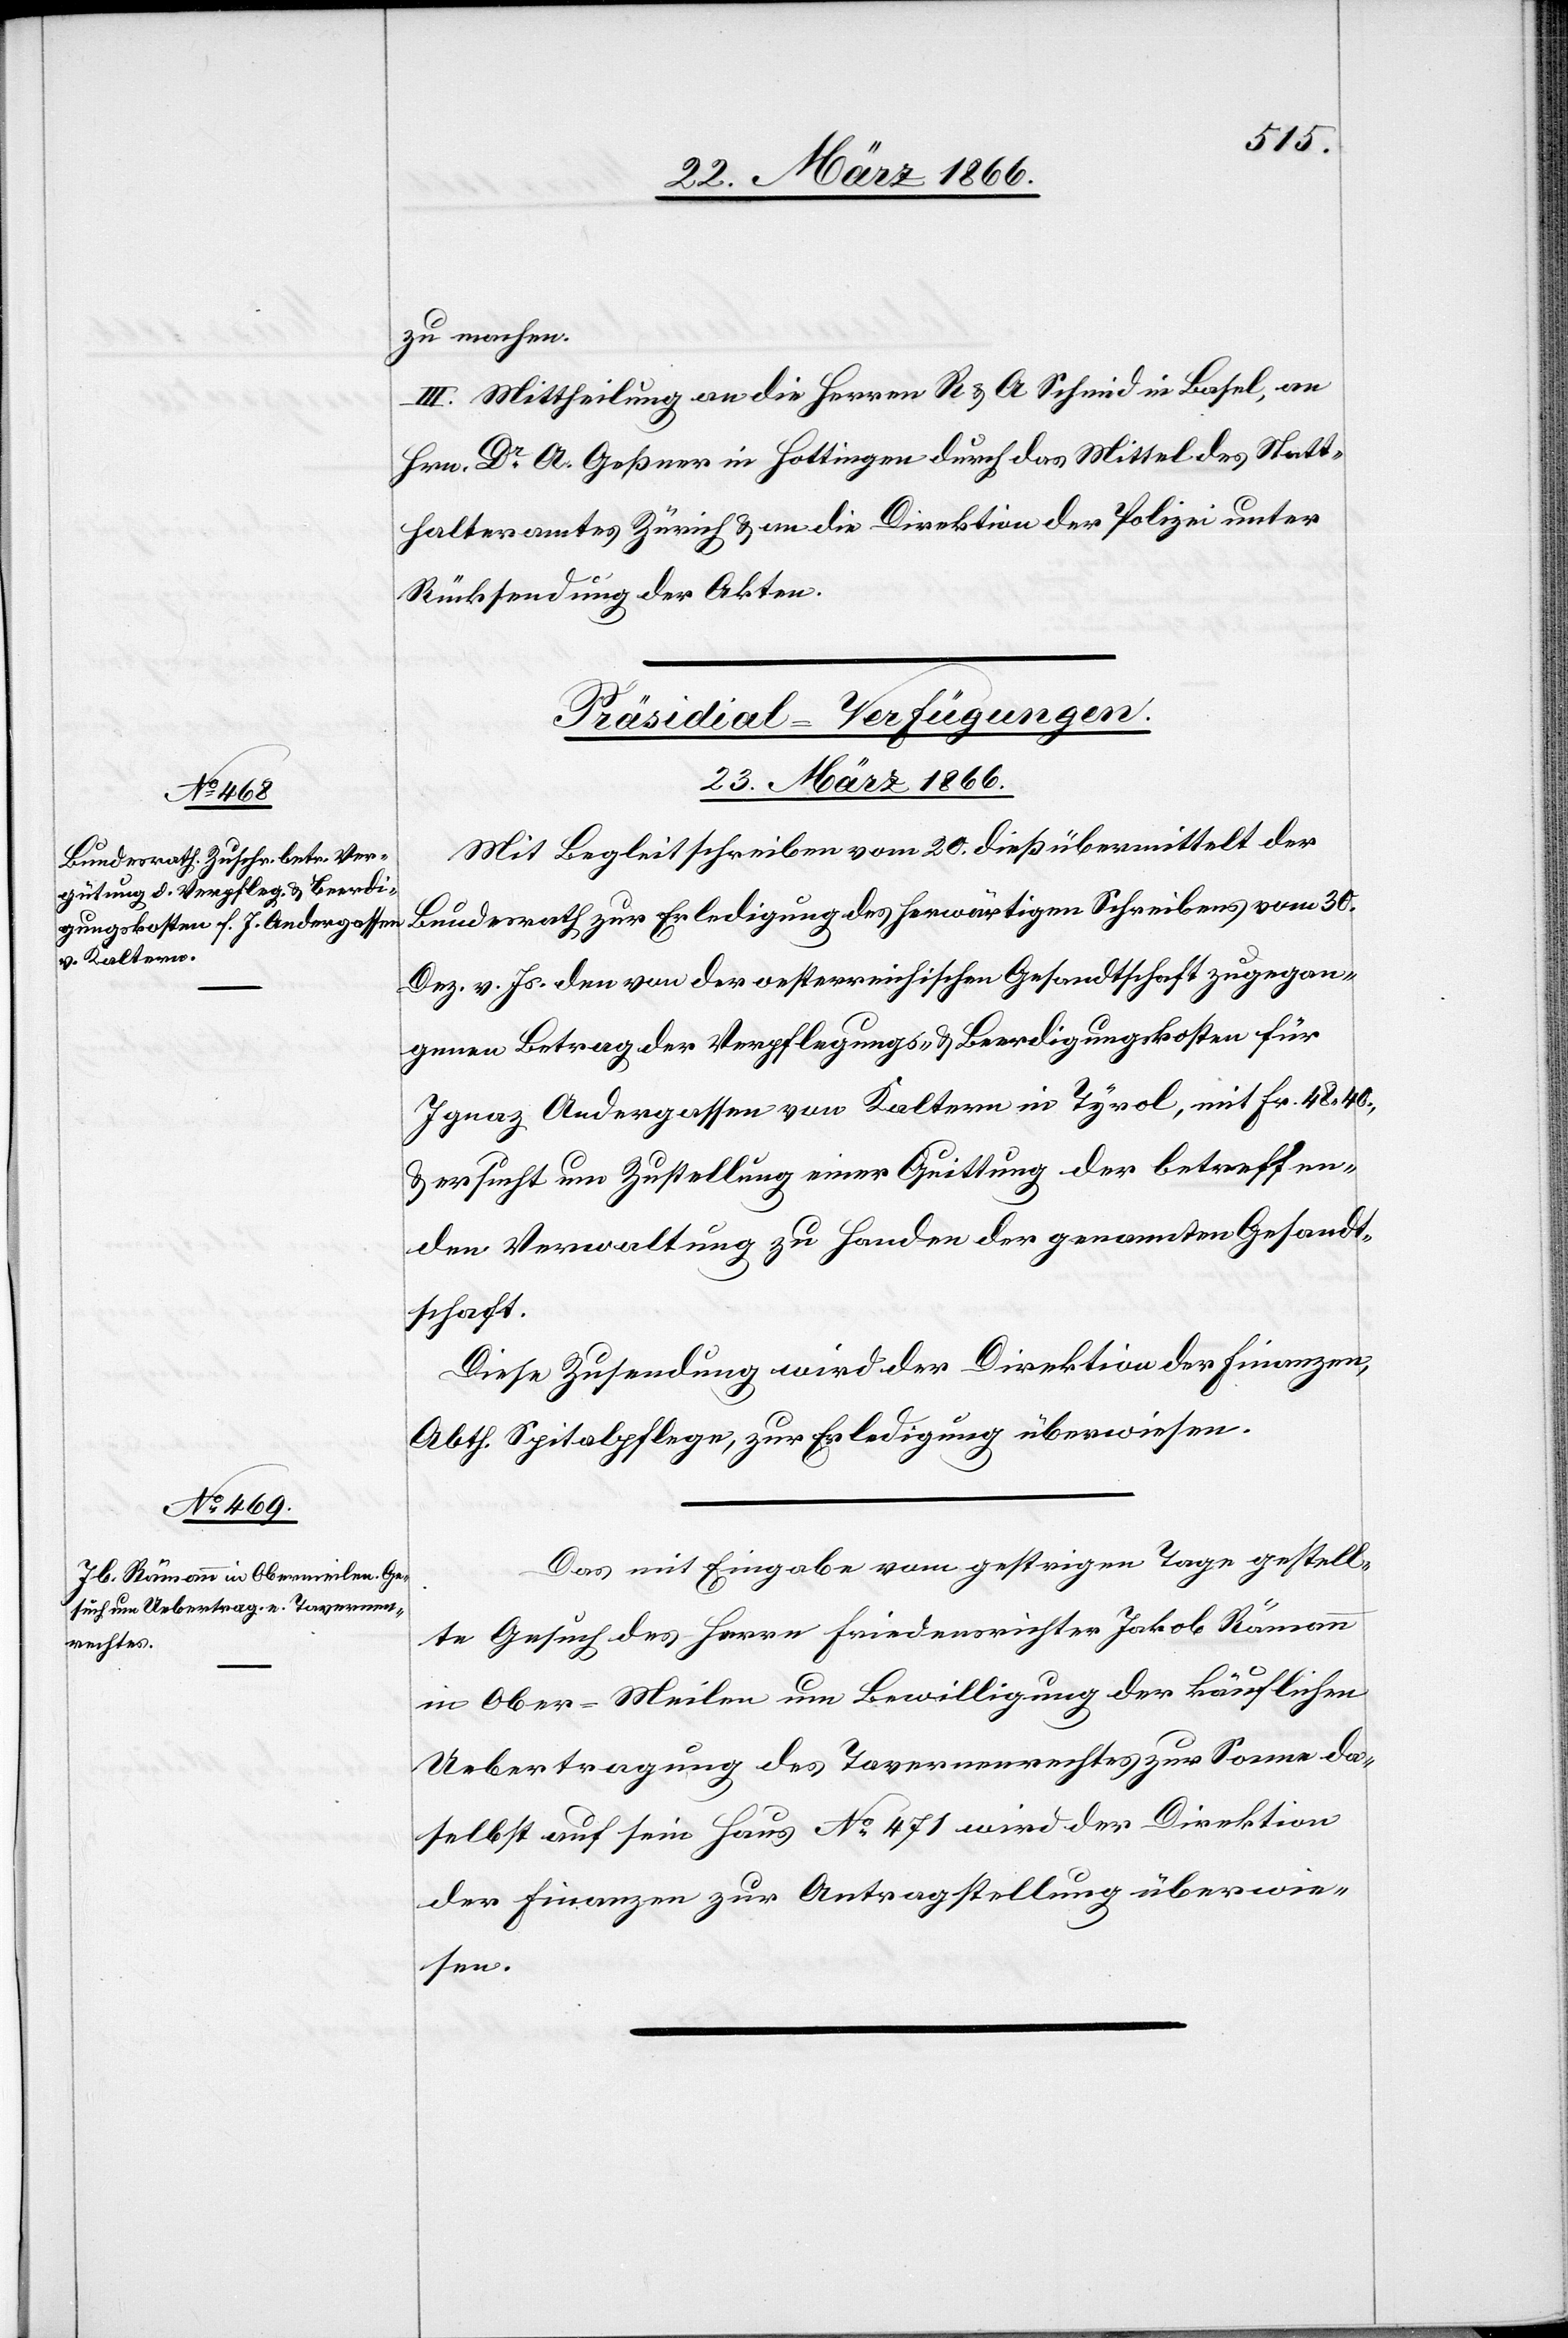
zu machen.
III. Mittheilung an die Herren R. u. A Schmid in Basel, an
Hrn. Dr. A. Geßner in Hottingen durch das Mittel des Statt¬
halteramtes Zürich u. an die Direktion der Polizei unter
Rücksendung der Akten.
[Präsidial-Verfügungen.
23. März 1866.]
Mit Begleitschreiben vom 20. dieß übermittelt der
Bundesrath zur Erledigung des herwärtigen Schreibens vom 30.
Dez. v. Js. den von der oesterreichischen Gesandtschaft zugegan¬
genen Betrag der Verpflegungs- u. Beerdigungskosten für
Ignaz Andergassen von Kaltern in Tyrol, mit Fr. 48,40.,
ersucht um Zustellung einer Quittung der betreffen¬
den Verwaltung zu Handen der genannten Gesandt¬
schaft.
Diese Zusendung wird der Direktion der Finanzen,
Abth. Spitalpflege, zur Erledigung überwiesen.
Das mit Eingabe vom gestrigen Tage gestell¬
te Gesuch des Herrn Friedensrichter Jakob Rämann
in Ober-Meilen um Bewilligung der käuflichen
Uebertragung des Tavernenrechtes zur Sonne da¬
selbst auf sein Haus No. 471 wird der Direktion
der Finanzen zur Antragstellung überwie¬
sen.